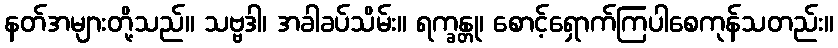
နတ်အများတို့သည်။ သဗ္ဗဒါ၊ အခါခပ်သိမ်း။ ရက္ခန္တု၊ စောင့်ရှောက်ကြပါစေကုန်သတည်း။